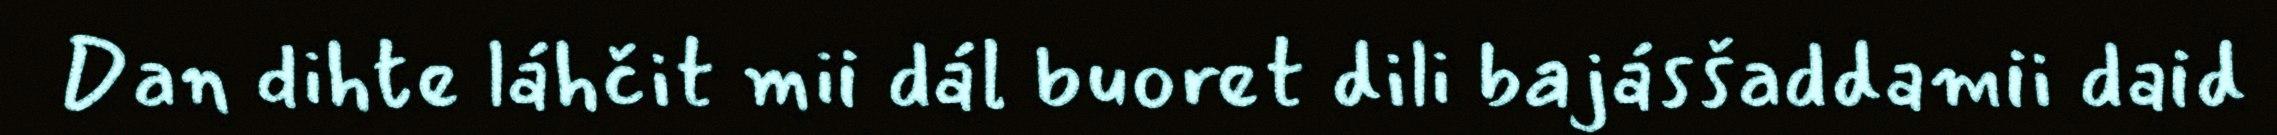
Dan dihte láhčit mii dál buoret dili bajásšaddamii daid